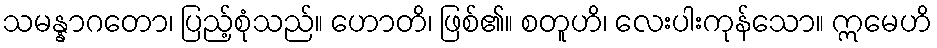
သမန္နာဂတော၊ ပြည့်စုံသည်။ ဟောတိ၊ ဖြစ်၏။ စတူဟိ၊ လေးပါးကုန်သော။ ဣမေဟိ